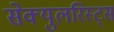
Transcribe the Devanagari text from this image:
सेक्युलरिस्ट्स